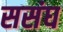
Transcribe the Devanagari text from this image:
ससंघ